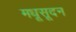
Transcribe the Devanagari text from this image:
मधूसूदन